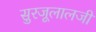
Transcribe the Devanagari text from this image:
सुरजूलालजी